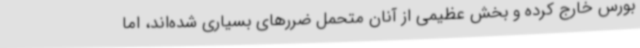
بورس خارج کرده‌ و بخش عظیمی از آنان متحمل ضررهای بسیاری شده‌اند، اما